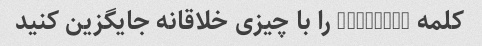
کلمه "INSERT" را با چیزی خلاقانه جایگزین کنید